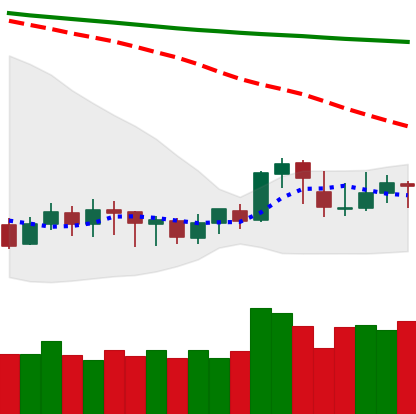
Ticker: XLM-USD
Chart end date: 2020-01-13
Forward return: 27.083%
Label: up_7plus